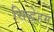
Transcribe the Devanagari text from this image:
सिद्धेहम